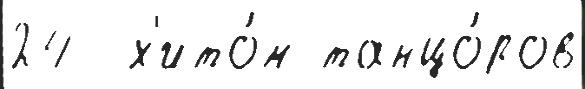
24  х'ито́м танцо́ров